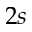
2 s